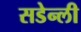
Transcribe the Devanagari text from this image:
सडेन्ली